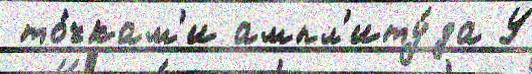
 то́чкам'и ампл'иту́да У